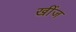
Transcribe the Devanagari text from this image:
खींज